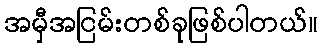
အမှီအငြမ်းတစ်ခုဖြစ်ပါတယ်။